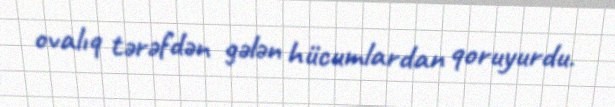
ovalıq tərəfdən gələn hücumlardan qoruyurdu.